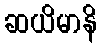
ဆယိမာနိ